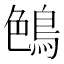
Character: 𪁅